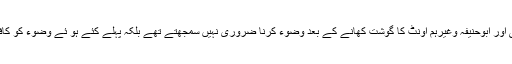
| امام مالکؒ،شافعیؒ اور ابوحنیفہؒ وغیرہم اونٹ کا گوشت کھانے کے بعد وضوء کرنا ضروری نہیں سمجھتے تھے بلکہ پہلے کئے ہو ئے وضوء کو کافی سمجھتے تھے۔